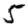
Digit: 5